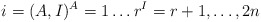
\begin{align*}i = (A,I) \sp A = 1 \ldots r \sp I = r+1 , \ldots , 2n\end{align*}